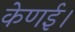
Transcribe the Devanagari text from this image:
केणई।